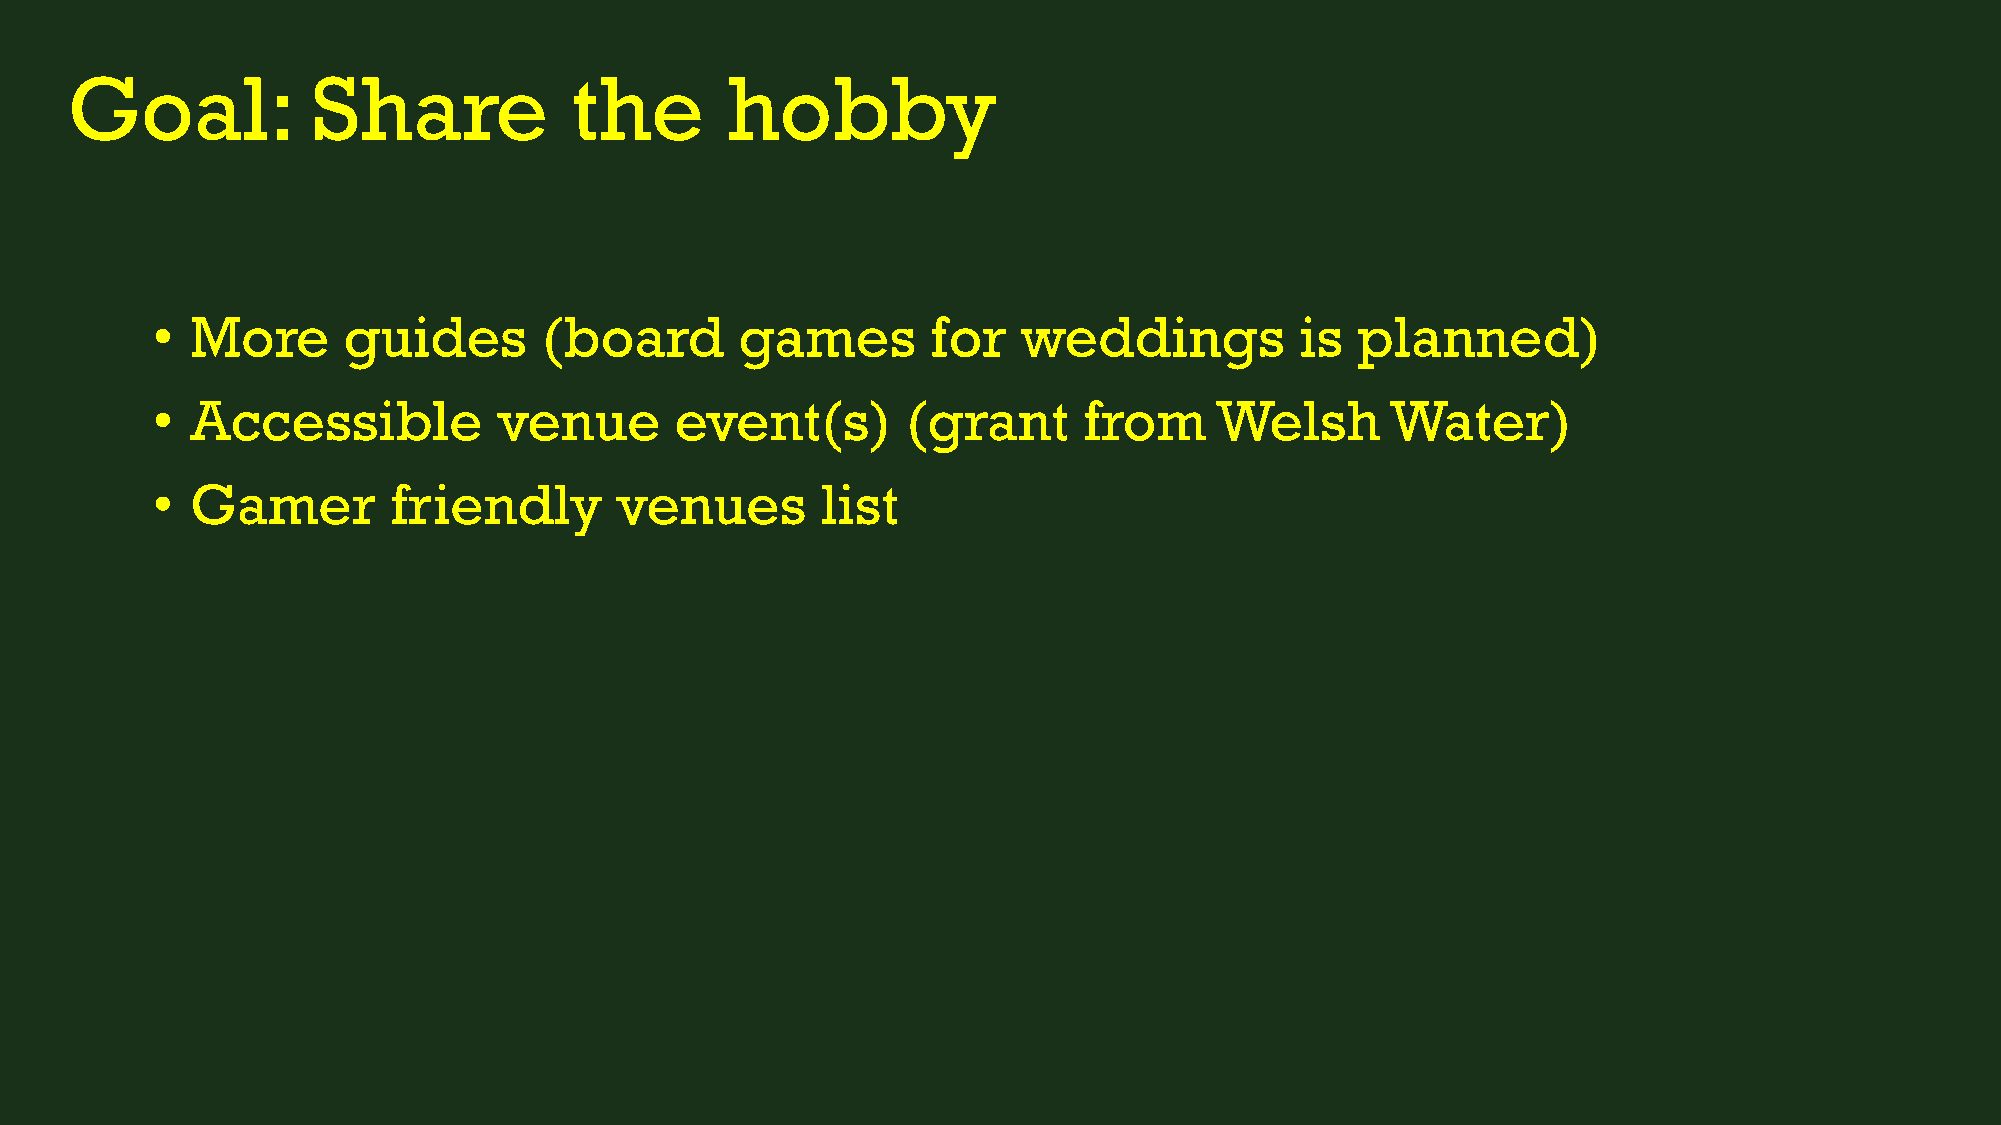
Goal:            Share            the       hobby
 •  More      guides       (board       games        for   weddings          is  planned)
 •  Accessible          venue       event(s)       (grant      from    Welsh       Water)
 •  Gamer        friendly       venues       list